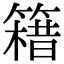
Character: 𥳯